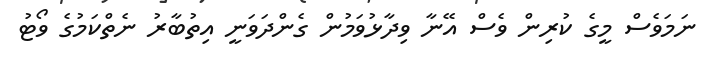
ނަމަވެސް މީގެ ކުރިން ވެސް އޭނާ ވިދާޅުވަމުން ގެންދަވަނީ އިތުބާރު ނެތްކަމުގެ ވޯޓު